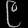
Digit: ၉